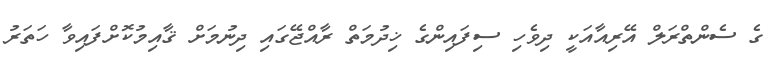
ގެ ސެންތްރަލް އޭރިއާއަކީ ދިވެހި ސިފައިންގެ ޚިދުމަތް ރާއްޖޭގައި ދިނުމަށް ޤާއިމުކޮށްފައިވާ ހަތަރު